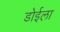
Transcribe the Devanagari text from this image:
डोईला